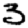
Digit: 3